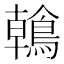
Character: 鶾